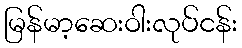
မြန်မာ့ဆေးဝါးလုပ်ငန်း